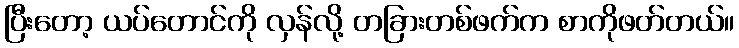
ပြီးတော့ ယပ်တောင်ကို လှန်လို့ တခြားတစ်ဖက်က စာကိုဖတ်တယ်။